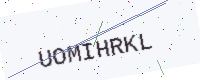
Text: UOMIHRKL